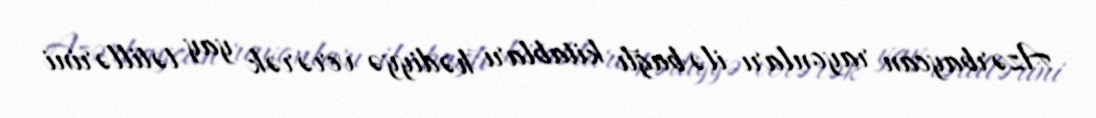
Azərbaycan rayonları ilə bağlı kitabları hədiyyə verərək yay tətillərini